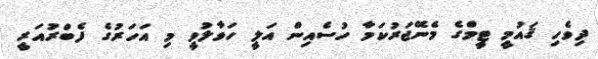
ދިވެހި ޤައުމީ ޓީމްގެ މެނޭޖަރުކަމާ ހުސެއިން އަލީ ހަވާލުވީ މި އަހަރުގެ ފެބްރުއަރީ